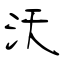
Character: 沃